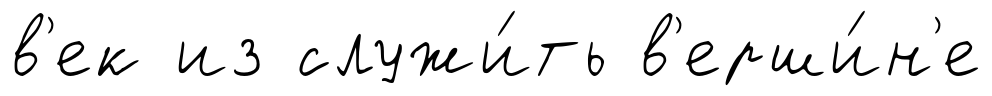
в'ек из служи́ть в'ерши́н'е